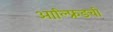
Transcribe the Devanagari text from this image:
आल्फ्रिडची